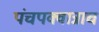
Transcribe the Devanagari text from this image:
पंचपक्वान्नाच